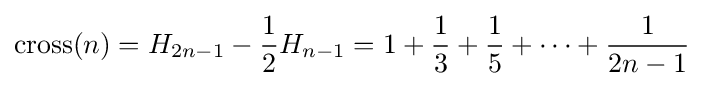
\mathrm {cross} (n)=H_{2n-1}-{\frac {1}{2}}H_{n-1}=1+{\frac {1}{3}}+{\frac {1}{5}}+\cdots +{\frac {1}{2n-1}}